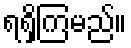
ရရှိကြမည်။